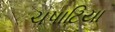
ચપાટિયા